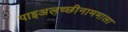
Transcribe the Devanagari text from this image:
पाइअलच्छीनाममाला